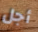
أجل